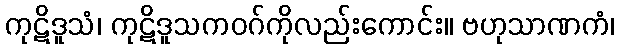
ကုဋိဒူသံ၊ ကုဋိဒူသကဝဂ်ကိုလည်းကောင်း။ ဗဟုသာဏကံ၊